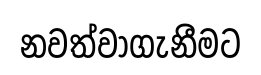
නවත්වාගැනීමට